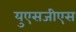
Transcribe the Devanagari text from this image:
युएसजीएस